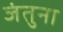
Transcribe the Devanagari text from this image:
जंतुना